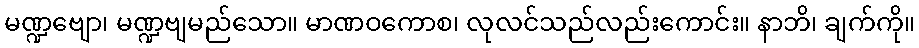
မဏ္ဍဗျော၊ မဏ္ဍဗျမည်သော။ မာဏဝကောစ၊ လုလင်သည်လည်းကောင်း။ နာဘိ၊ ချက်ကို။